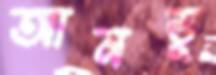
আনডু